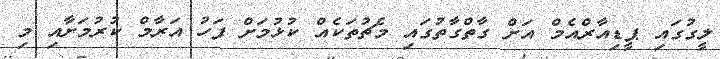
ލީގުގައި ޕީޑިއާރްއެމް އަށް ގާތްގާތުގައި މެޗުތަކެއް ކުޅުމަށް ފަހު އަރާމް ކުރުމަށާއި މި